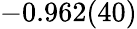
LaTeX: -0.962(40)